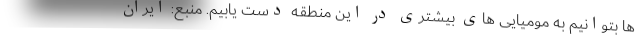
ها بتوانیم به مومیایی های بیشتری در این منطقه دست یابیم. منبع: ایران